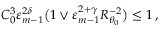
C _ { 0 } ^ { 3 } \varepsilon _ { m - 1 } ^ { 2 \delta } \bigl ( 1 \vee \varepsilon _ { m - 1 } ^ { 2 + \gamma } R _ { \theta _ { 0 } } ^ { - 2 } \bigr ) \leq 1 \, ,